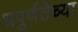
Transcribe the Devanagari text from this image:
अपुर्णतेच्या